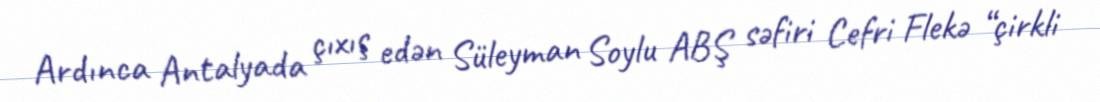
Ardınca Antalyada çıxış edən Süleyman Soylu ABŞ səfiri Cefri Flekə “çirkli